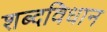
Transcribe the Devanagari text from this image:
शब्दविधान